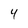
Character: 4